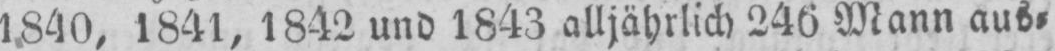
1840, 1841, 1842 und 1843 alljährlich 246 Mann aus⸗